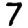
Digit: 7